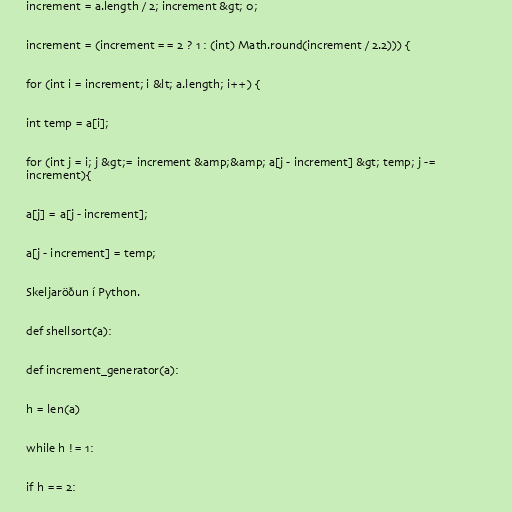
increment = a.length / 2; increment &gt; 0;

increment = (increment == 2 ? 1 : (int) Math.round(increment / 2.2))) {

for (int i = increment; i &lt; a.length; i++) {

int temp = a[i];

for (int j = i; j &gt;= increment &amp;&amp; a[j - increment] &gt; temp; j -=
increment){

a[j] = a[j - increment];

a[j - increment] = temp;

Skeljaröðun í Python.

def shellsort(a):

def increment_generator(a):

h = len(a)

while h != 1:

if h == 2: